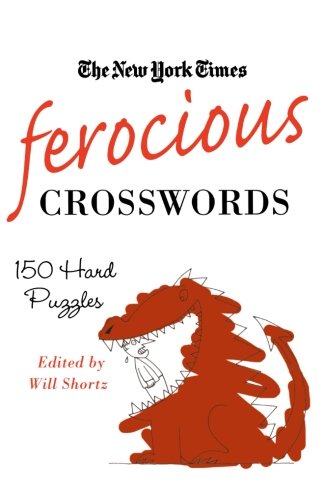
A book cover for The New York Times Ferocious Crosswords: 150 Hard Puzzles (New York Times Crossword Puzzles); The New York Times; Humor & Entertainment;